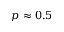
p \approx 0 . 5